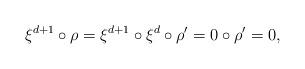
LaTeX: \begin{align*} \xi^{d+1}\circ \rho=\xi^{d+1}\circ\xi^d\circ \rho'=0\circ \rho'=0,\end{align*}